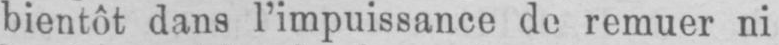
bientôt dans l’impuissance de remuer ni